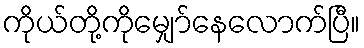
ကိုယ်တို့ကိုမျှော်နေလောက်ပြီ။